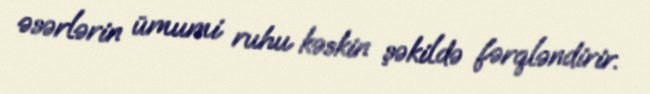
əsərlərin ümumi ruhu kəskin şəkildə fərqləndirir.